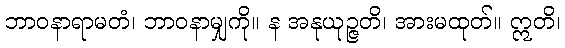
ဘာဝနာရာမတံ၊ ဘာဝနာမျှကို။ န အနုယုဉ္ဇတိ၊ အားမထုတ်။ ဣတိ၊